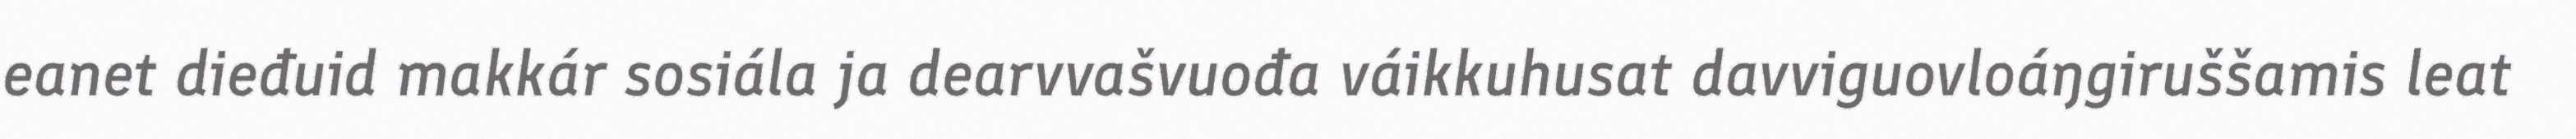
eanet dieđuid makkár sosiála ja dearvvašvuođa váikkuhusat davviguovloáŋgiruššamis leat